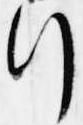
行